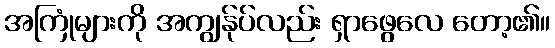
အကြုံများကို အကျွန်ုပ်လည်း ရှာဖွေလေ တော့၏။